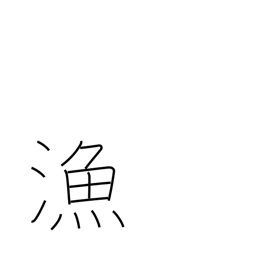
Meaning: fishery